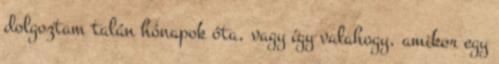
dolgoztam talán hónapok óta, vagy így valahogy, amikor egy